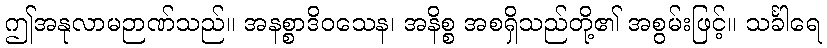
ဤအနုလာမဉာဏ်သည်။ အနစ္စာဒိဝသေန၊ အနိစ္စ အစရှိသည်တို့၏ အစွမ်းဖြင့်။ သင်္ခါရေ